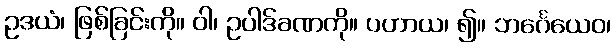
ဥဒယံ၊ ဖြစ်ခြင်းကို။ ဝါ၊ ဥပါဒ်ခဏကို။ ပဟာယ၊ ၍။ ဘင်္ဂေယေဝ၊